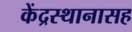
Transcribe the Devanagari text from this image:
केंद्रस्थानासह